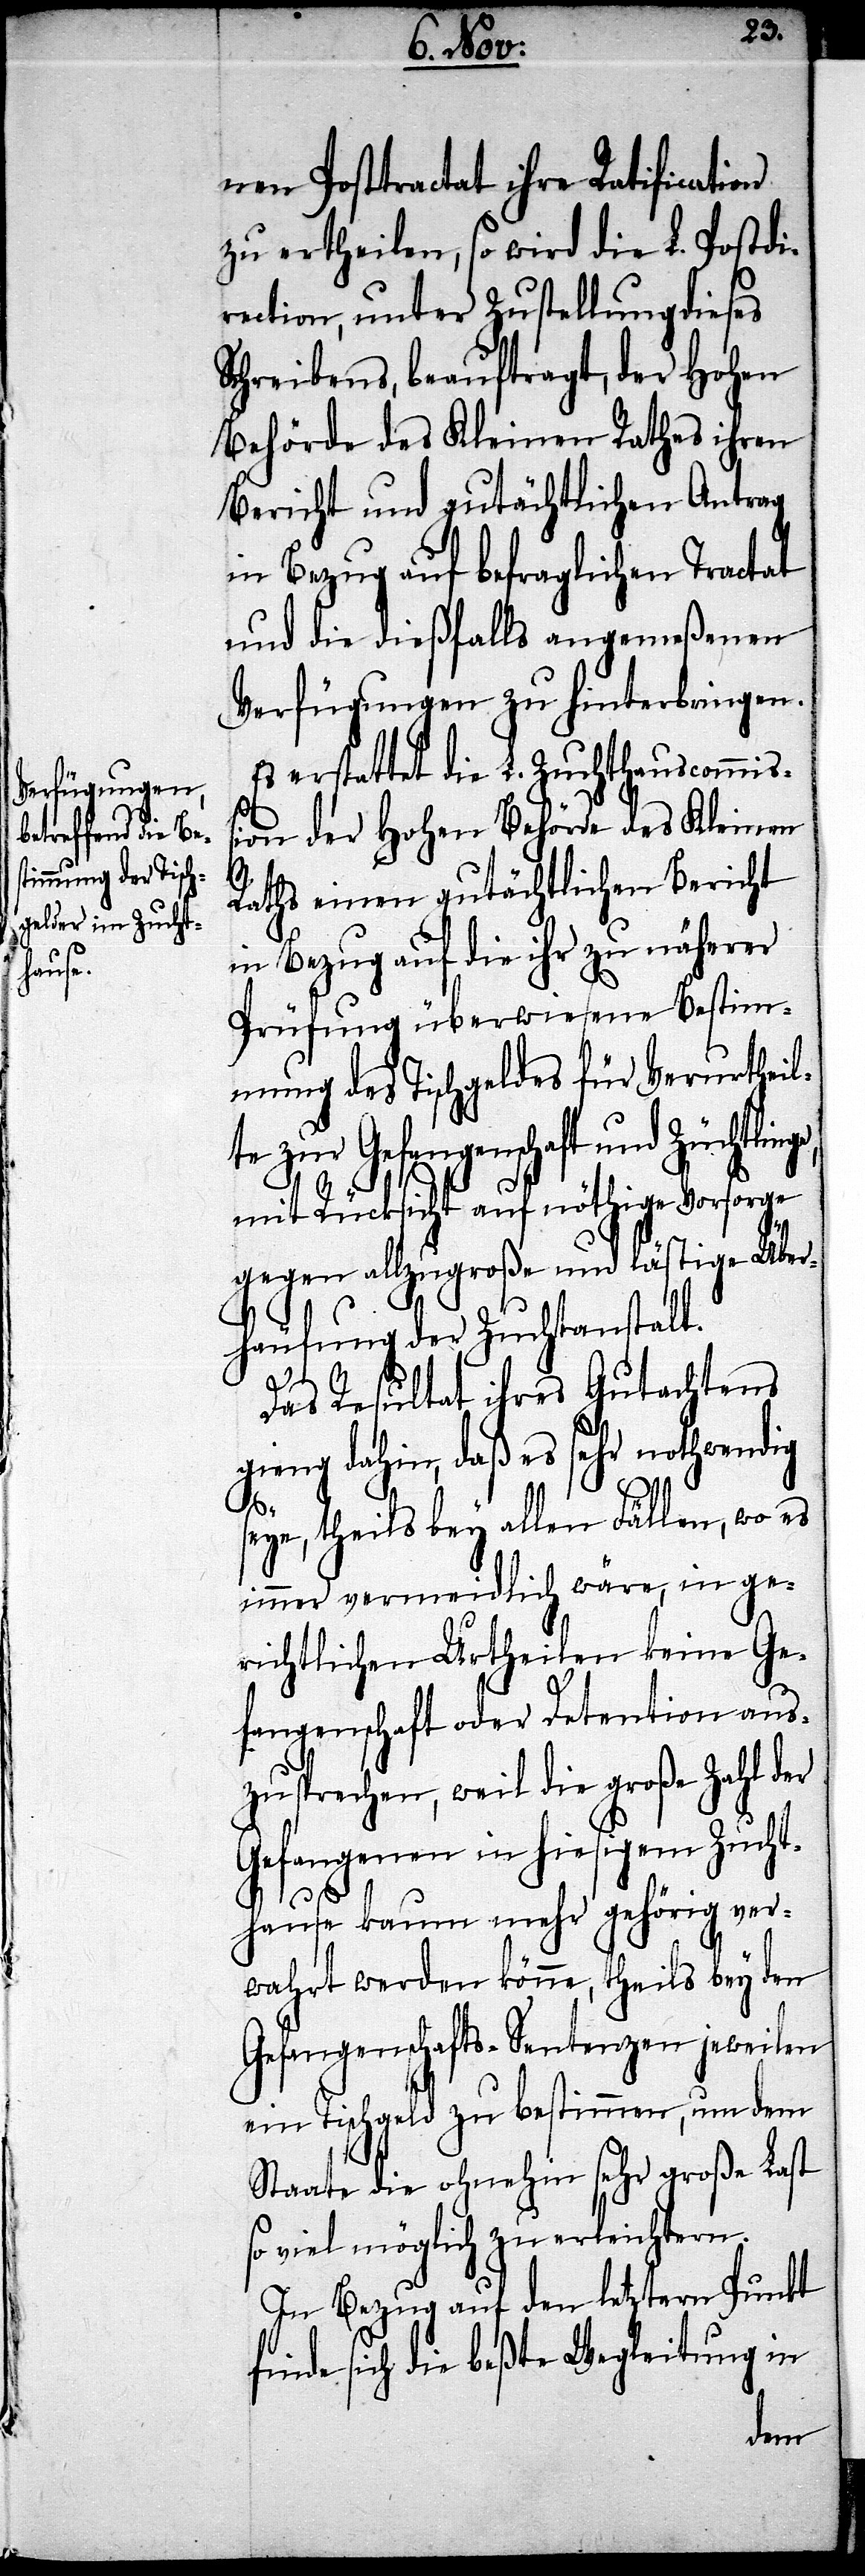
L. Postd¬
nen Posttractat ihre Ratification
zu ertheilen, so wird die
irection, unter Zustellung dieses
Schreibens, beauftragt, der Hohen
Behörde des Kleinen Rathes ihren
Bericht und gutächtlichen Antrag
in Bezug auf befraglichen Tractat
und die dießfalls angemeßenen
Verfügungen zu hinterbringen.
Es erstattet die L. Zuchthauscommiß¬
ion der Hohen Behörde des Kleinen
Rathes einen gutächtlichen Bericht
in Bezug auf die ihr zu näherer
Prüfung überwiesene Bestim¬
mung des Tischgeldes für Verurtheil¬
te zur Gefangenschaft und Züchtling¬
mit Rücksicht auf nöthige Vorsorge
gegen allzugroße und lästige Über¬
häufung der Zuchtanstalt.
e,
Das Resultat ihres Gutachtens
gieng dahin, daß es sehr nothwendig
seye, theils bey allen Fällen, wo es
immer vermeidlich wäre, in ge¬
richtlichen Urtheilen keine Ge¬
fangenschaft oder Detention aus¬
zusprechen, weil die große Zahl der
Gefangenen in hiesigem Zucht¬
hause kaum mehr gehörig ver¬
wahrt werden könne, theils bey den
Gefangenschafts-Sentenzen jeweilen
ein Tischgeld zu bestimmen, um dem
Staate die ohnehin sehr große Last
so viel möglich zu erleichtern.
In Bezug auf den letztern Punct
finde sich die beßte Wegleitung in